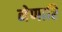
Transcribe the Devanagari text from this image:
नेणारि